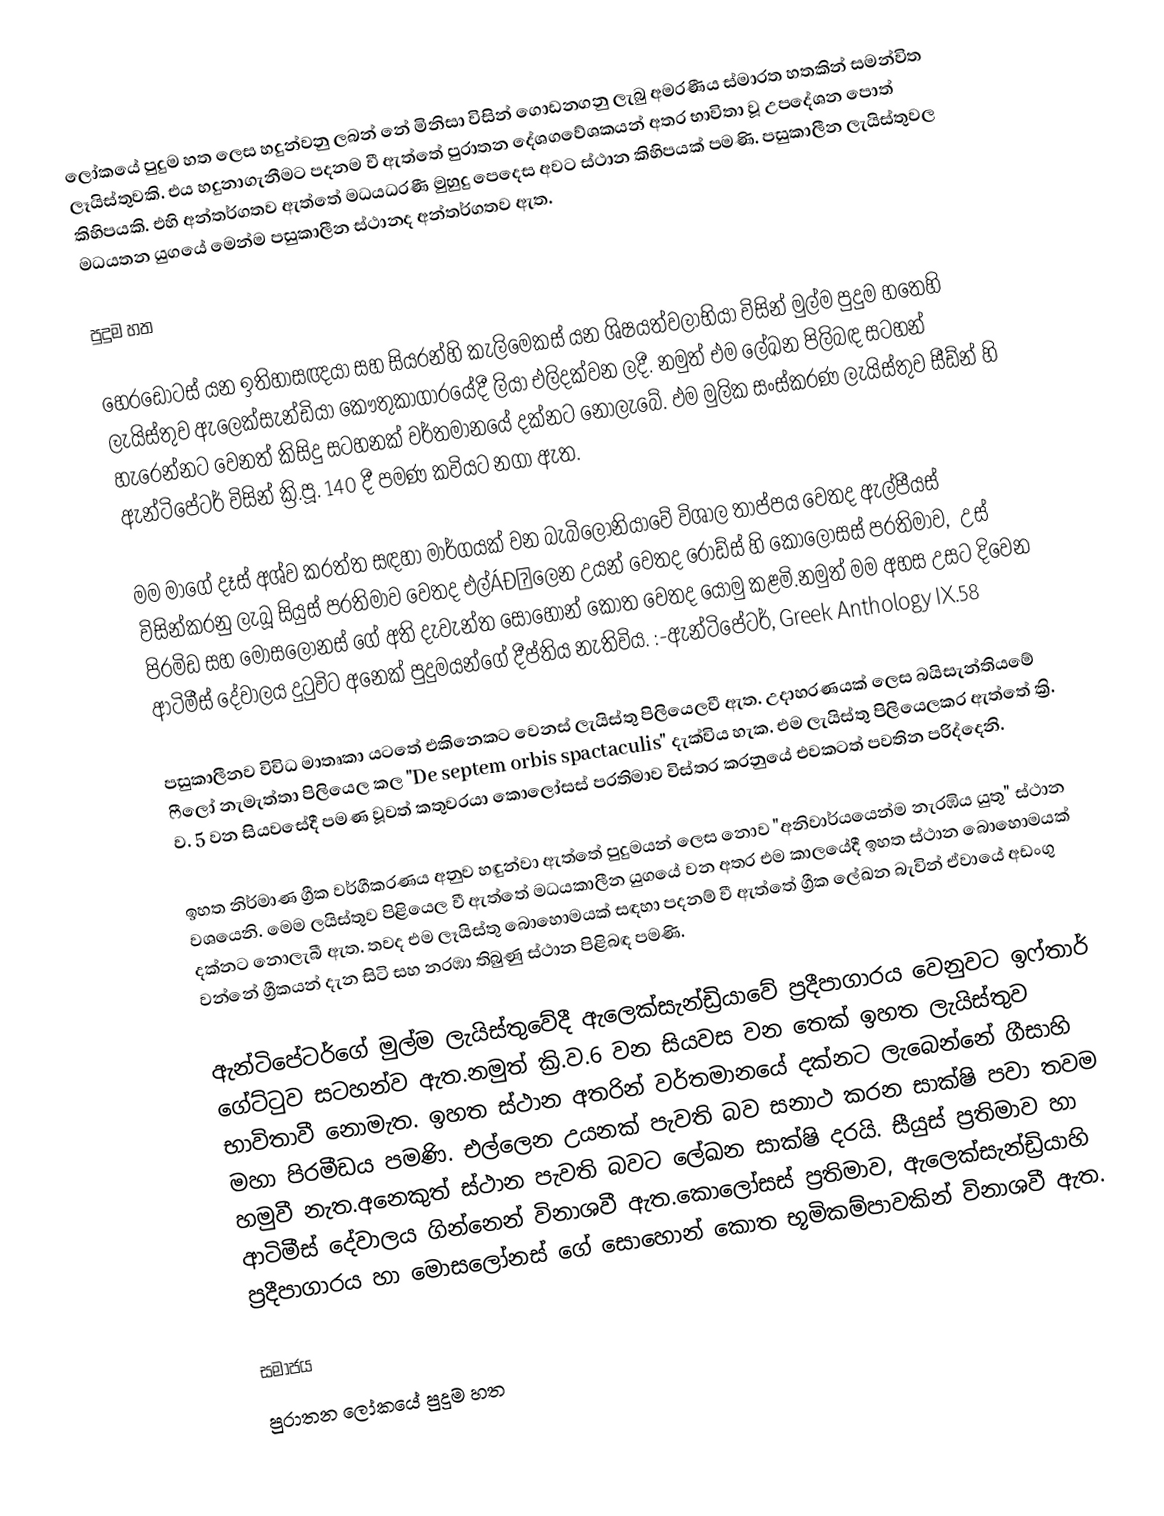
ලෝකයේ පුදුම හත ලෙස හදුන්වනු ලබන්‍‍‍ නේ මිනිසා විසින් ගොඩනගනු ලැබු අමරණීය ස්මාරත හතකින් සමන්විත ලෑයිස්තුවකි. එය හදුනාගැනීමට පදනම වී ඇත්තේ පුරාතන දේශගවේශකයන්‍‌ අතර භාවිතා වූ උපදේශන පොත් කිහිපයකි. එහි අන්තර්ගතව ඇත්තේ මධයධරණී මුහුදු පෙදෙස අවට ස්ථාන කිහිපයක් පමණි. පසුකාලීන ලැයිස්තුවල මධයතන යුගයේ මෙන්ම පසුකාලීන ස්ථානද අන්තර්ගතව ඇත.

පුදුම හත

හෙරඩෝටස් යන ඉතිහාසඥයා සහ සියරන්හි කැලිමෙකස් යන ශිෂයත්වලාභියා විසින් මුල්ම පුදුම හතෙහි ලැයිස්තුව ඇලෙක්සැන්ඩියා කෞතුකාගාරයේදී ලියා එලිදක්වන ලදී. නමුත් එම ලේඛන පිලිබඳ සටහන් හැරෙන්නට වෙනත් කිසිදු සටහනක් වර්තමානයේ දක්නට නොලැබේ. ඵම මුලික සංස්කරණ ලැයිස්තුව සීඩ්න් හි ඇන්ටිපේටර් විසින් ක්‍රි.පූ. 140 දී පමණ කවියට නගා ඇත.

මම මාගේ දෑස් අශ්ව කරත්ත සඳහා මාර්ගයක් වන බැබිලෝනියාවේ විශාල තාප්පය වෙතද ඇල්පීයස් විසින්කරනු ලැබූ සියුස් ප‍්‍රතිමාව වෙතද එල්ÁĐĉලෙන උයන් වෙතද රෝඩ්ස් හි කොලෝසස් ප‍්‍රතිමාව‚උස් පිරමිඩ සහ මොසලෝනස් ගේ අති දැවැන්ත සොහොන් කොත වෙතද යොමු කළමි.නමුත් මම අහස උසට දිවෙන ආටිමීස් දේවාලය දුටුවිට අනෙක් පුදුමයන්ගේ දීප්තිය නැතිවිය. :-ඇන්ටිපේටර්, Greek Anthology IX.58

පසුකාලීනව විවිධ මාතෘකා යටතේ එකිනෙකට වෙනස් ලැයිස්තු පිලියෙලවී ඇත. උදාහරණයක් ලෙස බයිසැන්තියමේ ෆීලෝ නැමැත්තා පිලියෙල කල "De septem orbis spactaculis" දැක්විය හැක. එම ලැයිස්තු පිලියෙලකර ඇත්තේ ක්‍රි. ව. 5 වන සියවසේදී පමණ වූවත් කතුවරයා කොලෝසස් ප‍්‍රතිමාව විස්තර කරනුයේ එවකටත් පවතින පරිද්දෙනි.

ඉහත නිර්මාණ ග්‍රීක වර්ගීකරණය අනුව හඳුන්වා ඇත්තේ පුදුමයන් ලෙස නොව "අනිවාර්යයෙන්ම නැරඹිය යුතු" ස්ථාන වශයෙනි. මෙම ලයිස්තුව පිළියෙල වී ඇත්තේ මධයකාලීන යුගයේ වන අතර එම කාලයේදී ඉහත ස්ථාන බොහොමයක් දක්නට නොලැබී ඇත. තවද එම ලෑයිස්තු බොහොමයක් සඳහා පදනම් වී ඇත්තේ ග්‍රීක ලේඛන බැවින් ඒවායේ අඩංගු වන්නේ ග්‍රීකයන් දැන සිටි සහ නරඹා තිබුණු ස්ථාන පිළිබඳ පමණි.

ඇන්ටිපේටර්ගේ මුල්ම ලැයිස්තුවේදී ඇලෙක්සැන්ඩ්‍රියාවේ ප‍්‍රදීපාගාරය වෙනුවට ඉෆ්තාර් ගේට්ටුව සටහන්ව ඇත.නමුත් ක්‍රි.ව.6 වන සියවස වන තෙක් ඉහත ලැයිස්තුව භාවිතාවී නොමැත. ඉහත ස්ථාන අතරින් වර්තමානයේ දක්නට ලැබෙන්නේ ගීසාහි මහා පිරමීඩය පමණි. එල්ලෙන උයනක් පැවති බව සනාථ කරන සාක්ෂි පවා තවම හමුවී නැත.අනෙකුත් ස්ථාන පැවති බවට ලේඛන සාක්ෂි දරයි. සීයුස් ප‍්‍රතිමාව හා ආටිමීස් දේවාලය ගින්නෙන් විනාශවී ඇත.කොලෝසස් ප‍්‍රතිමාව, ඇලෙක්සැන්ඩ්‍රියාහි ප‍්‍රදීපාගාරය හා මොසලෝනස් ගේ සොහොන් කොත භූමිකම්පාවකින් විනාශවී ඇත.

සමාජය
පුරාතන ලෝකයේ පුදුම හත